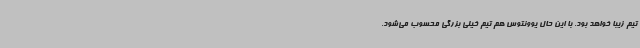
تیم زیبا خواهد بود. با این حال یوونتوس هم تیم خیلی بزرگی محسوب می‌شود.